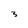
Character: 3